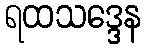
ရထသဒ္ဒေန